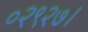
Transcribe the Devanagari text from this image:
०२९२७।